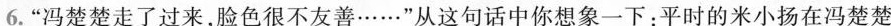
6.“冯楚楚走了过来,脸色很不友善……”从这句话中你想象一下:平时的米小扬在冯楚楚